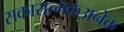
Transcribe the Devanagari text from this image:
सकारात्मकअनेक